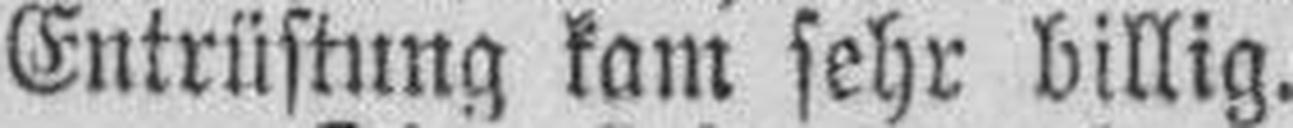
Entrüstung kam sehr billig.